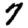
Digit: 7